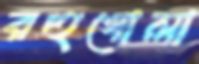
রহুগোলা